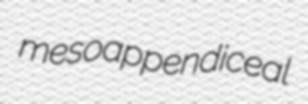
mesoappendiceal